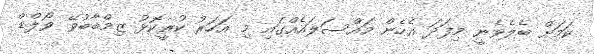
ކަމަށް ބެލެވެނީ މިފަދަ އެހެން މައްސަލައެއްގައި މި އަހަރު ކުރީކޮޅު ޒިމްބާބުވޭ ވޯލްޑް